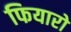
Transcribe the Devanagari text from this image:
फियारो